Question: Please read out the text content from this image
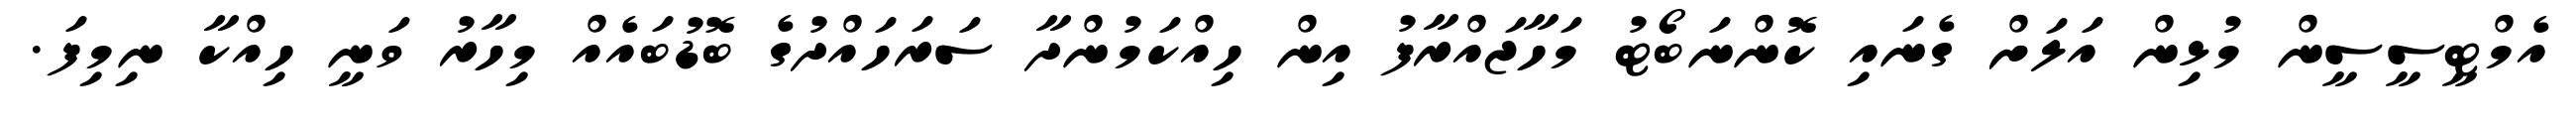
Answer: އެމްޓީސީސީން މުޅިން އަލަށް ގެނައި ކޮންނަބޯޓު މަހާޖައްރާފު އިން ހިއްކަމުންދާ ސަރަހައްދުގެ ބޮޑުބައެއް މިހާރު ވަނީ ހިއްކާ ނިމިފަ.